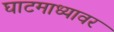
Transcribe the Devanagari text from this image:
घाटमाध्यावर